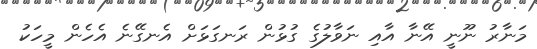
މަނާރު ނޫނީ އޭނާ އާއި ނަވާލުގެ ގުޅުން ރަނގަޅަށް އެނގޭނެ އެހެން މީހަކު